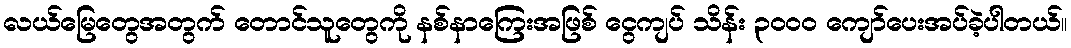
လယ်မြေတွေအတွက် တောင်သူတွေကို နစ်နာကြေးအဖြစ် ငွေကျပ် သိန်း ၃၀၀၀ ကျော်ပေးအပ်ခဲ့ပါတယ်။